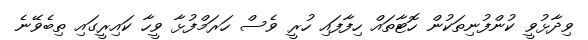
ވިދާޅުވީ ކުންފުނިތަކުން ހޮޓާތައް ހިފާފައި ހުރީ ވެސް ހަރަމްފުޅާ ވީހާ ކައިރީގައި ތިބެވޭނެ